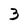
Character: 3